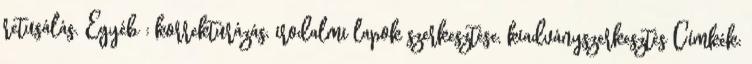
retusálás. Egyéb : korrektúrázás, irodalmi lapok szerkesztése, kiadványszerkesztés Címkék: